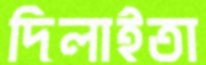
দিলাইতা